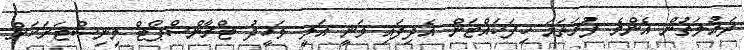
ދައުލަތުން އެންމެ ފުރަތަމަ ހިފަހައްޓަން އެދިފައި ވަނީ އަލީ ވަހީދު ޓްރާންސްޕޯޓް މިނިސްޓަރަކަށް